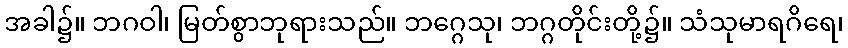
အခါ၌။ ဘဂဝါ၊ မြတ်စွာဘုရားသည်။ ဘဂ္ဂေသု၊ ဘဂ္ဂတိုင်းတို့၌။ သံသုမာရဂိရေ၊